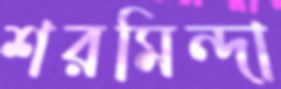
শরমিন্দা